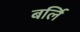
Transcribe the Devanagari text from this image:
बर्लि